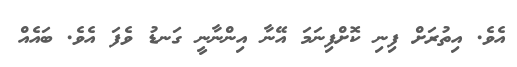
އެވެ. އިތުރަށް ފިނި ކޮށްފިނަމަ އޭނާ އިންނާނީ ގަނޑު ވެފަ އެވެ. ބައެއް